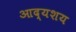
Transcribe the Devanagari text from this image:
आद्यशय